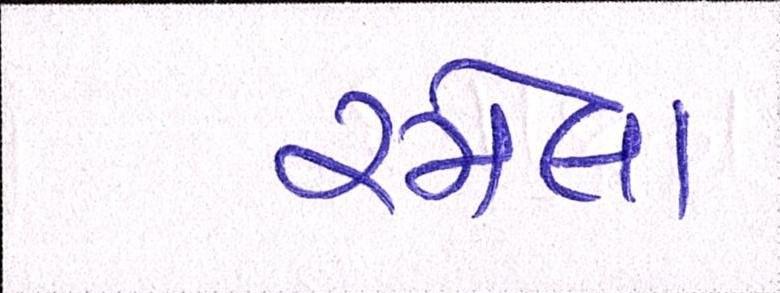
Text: રમેલા